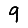
Digit: 9